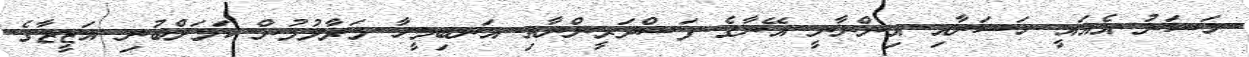
ހަސަނު އެއައީ ހަސަނާއި އިންނާނީ އޭނާގެ ފަސްދަރީންނާއި އަނބިމީހާ މަރާލުމުން ކަމަށްބުނި އަޒީޒާގެ